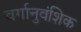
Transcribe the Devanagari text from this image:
वर्गानुवंशिक